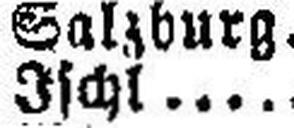
Ischl